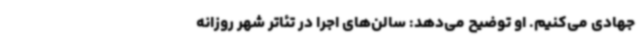
جهادی می‌کنیم. او توضیح می‌دهد: سالن‌های اجرا در تئاتر شهر روزانه